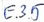
Text: E.3.5